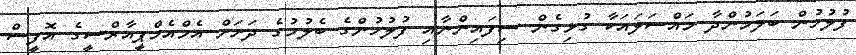
ފުލުހުން ބަލަމުންދާ މައްސަލައަކާ ގުޅިގެން ސިފައިންނާއި ފުލުހުންގެ ބެލުމުގެ ދަށަށް އެމްއެމްޕީއާރްސީގެ އޮފީސް